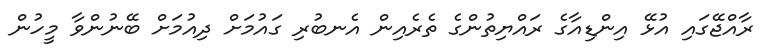
ރާއްޖޭގައި އުޅޭ އިންޑިއާގެ ރައްޔިތުންގެ ތެރެއިން އެނބުރި ގައުމަށް ދިއުމަށް ބޭނުންވާ މީހުން